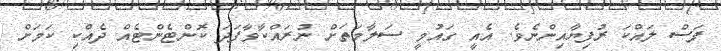
ފަސް ލައްކަ ރުފިޔާއިންނެވެ. އެއީ ގައުމީ ސަލާމަތަށް ނުރައްކާވާފަދަ ކޮންޓެންޓެއް ދެއްކި ކަމަށް